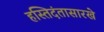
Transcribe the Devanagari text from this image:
हस्तिदंतासारखे